Vaccination in Bombay 1889-1901 - 1889-1901
Year: 1889
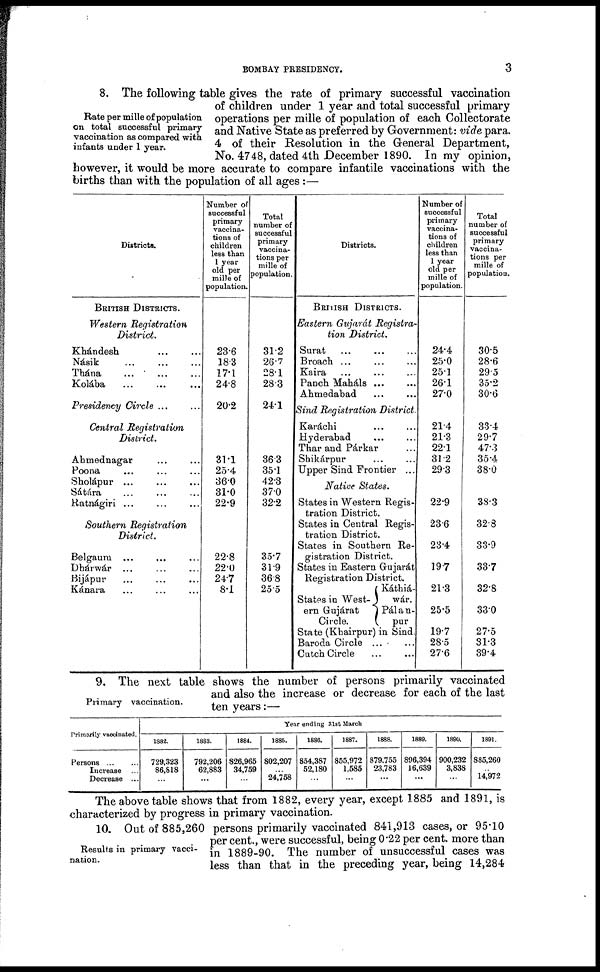
BOMBAY PRESIDENCY.
3
Rate per mille of population
on total successful primary
vaccination as compared with
infants under 1 year.
8. The following table gives the rate of primary successful vaccination
of children under 1 year and total successful primary
operations per mille of population of each Collectorate
and Native State as preferred by Government: vide para.
4 of their Resolution in the General Department,
No. 4748, dated 4th December 1890. In my opinion,
however, it would be more accurate to compare infantile vaccinations with the
births than with the population of all ages :—
Districts.
BRITISH DISTRICTS.
Western Registration
District.
Khándesh ... ...
Násik
...
...
...
Thána ... ... ...
Kolába ... ... ...
Presidency Circle ... ...
Central Registration
District.
Ahmednagar ... ...
Poona ... ... ...
Sholápur ...
...
...
Sátára ... ... ...
Ratnágiri ... ... ...
Southern Registration
District.
Belgaum ... ... ...
Dhárwár ... ... ...
Bijápur ... ... ...
Kánara ... ... ...
Number of
successful
primary
vaccina-
tions of
children
less than
1 year
old per
mille of
population.
23.6
18.3
17.1
24.8
20.2
31.1
25.4
36.0
31.0
22.9
22.8
22.0
24.7
8.1
Total
number of
successful
primary
vaccina-
tions per
mille of
population.
31.2
26.7
28.1
28.3
24.1
36.3
35.1
42.3
37.0
32.2
35.7
31.9
36.8
25.5
Districts.
BRITISH DISTRICTS.
Eastern Gujarát Registra-
tion District.
Surat ... ... ...
Broach ... ... ...
Kaira ... ... ...
Panch
Maháls...
...
Ahmedabad ... ...
Sind Registration District.
Karáchi ... ...
Hyderabad ... ...
Thar and Párkar ...
Shikárpur ... ...
Upper Sind Frontier ...
Native States.
States in Western Regis-
tration District.
States in Central Regis-
tration District.
States in Southern Re-
gistration District.
States in Eastern Gujarát
Registration District.
States in West¬
era Gujárat
Circle.
Káthiá¬
wár.
Pálan¬
pur
State (Khairpur) in Sind.
Baroda Circle ... ...
Cutch Circle ... ...
Number of
successful
primary
vaccina-
tions of
children
less than
1 year
old per
mille of
population.
24.4
25.0
25.1
26.1
27.0
21.4
21.3
22.1
31.2
29.3
22.9
23.6
23.4
19.7
21.3
25.5
19.7
28.5
27.6
Total
number of
successful
primary
vaccina-
tions per
mille of
population
30.5
28.6
29.5
35.2
30.6
33.4
29.7
47.3
35.4
38.0
38.3
32.8
33.9
33.7
32.8
33.0
27.5
31.3
39.4
Primary vaccination.
9. The next table shows the number of persons primarily vaccinated
and also the increase or decrease for each of the last
ten years:—
Primarily vaccinated.
Persons ... ...
Increase ...
Decrease ...
Year ending 31st March
1882.
729,323
86,818
...
1883.
792,206
62,883
...
1884.
826,965
34,759
...
1885.
802,207
...
24,758
1886.
854,387
52,180
...
1887.
855,972
1,585
...
1888.
879,755
23,783
...
1889.
896,394
16,639
...
1890.
900,232
3,838
...
1891.
885,260
...
14,972
The above table shows that from 1882, every year, except 1885 and 1891, is
characterized by progress in primary vaccination.
Results in primary vacci-
nation.
10. Out of 885,260 persons primarily vaccinated 841,913 cases, or 95.10
per cent., were successful, being 0.22 per cent. more than
in 1889-90. The number of unsuccessful cases was
less than that in the preceding year, being 14,284